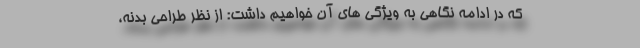
که در ادامه نگاهی به ویژگی های آن خواهیم داشت: از نظر طراحی بدنه،